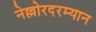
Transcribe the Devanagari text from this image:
नेल्लोरदरम्यान